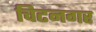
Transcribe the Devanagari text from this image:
चिटनगर